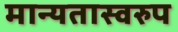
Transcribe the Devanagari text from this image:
मान्यतास्वरुप